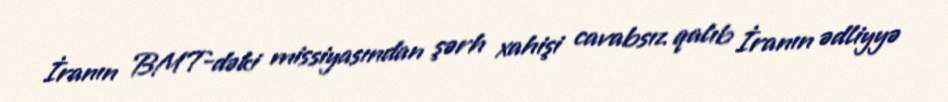
İranın BMT-dəki missiyasından şərh xahişi cavabsız qalıb İranın ədliyyə